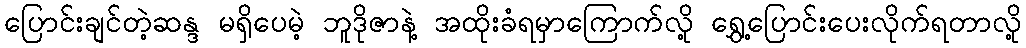
ပြောင်းချင်တဲ့ဆန္ဒ မရှိပေမဲ့ ဘူဒိုဇာနဲ့ အထိုးခံရမှာကြောက်လို့ ရွှေ့ပြောင်းပေးလိုက်ရတာလို့